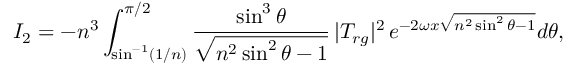
I _ { 2 } = - n ^ { 3 } \int _ { \sin ^ { - 1 } ( 1 / n ) } ^ { \pi / 2 } { \frac { \sin ^ { 3 } \theta } { \sqrt { n ^ { 2 } \sin ^ { 2 } \theta - 1 } } } \, | T _ { r g } | ^ { 2 } \, e ^ { - 2 \omega x \sqrt { n ^ { 2 } \sin ^ { 2 } \theta - 1 } } d \theta ,